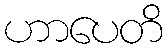
ဟာပေတိ